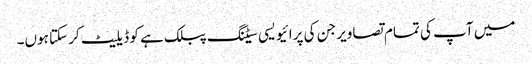
میں آپ کی تمام تصاویر جن کی پرائیویسی سیٹنگ پبلک ہے کو ڈیلیٹ کر سکتا ہوں۔